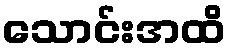
သောင်းအထိ